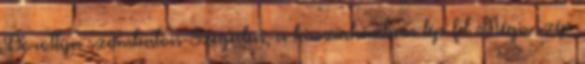
Dorottya szombaton Szegeden, a kisszínházban lép fel Mégis szép